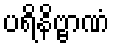
ပရိနိဗ္ဗာဏံ